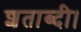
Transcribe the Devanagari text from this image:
शताब्दी।